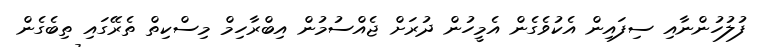
ފުލުހުންނާއި ސިފައިން އެކުވެގެން އެމީހުން ދުރަށް ޖެއްސުމުން އިބްރާހިމް މިސްކިތް ތެރޭގައި ތިބެގެން